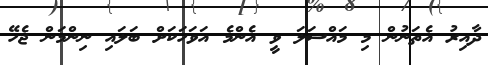
ދާއިރު އެތަނުން މި މައްސަލަ ވީ އެންމެ އަވަހަކަށް ބަލައި ނިންމަން ޖެހޭ